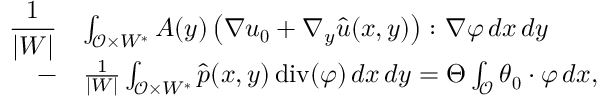
\begin{array} { r l } { \displaystyle \frac { 1 } { | W | } } & { \int _ { { \mathcal { O } } \times W ^ { * } } A ( y ) \left( \nabla \boldsymbol { u _ { 0 } } + \nabla _ { y } \widehat { \boldsymbol u } ( x , y ) \right) \colon \nabla \boldsymbol \varphi \, d x \, d y } \\ { - \displaystyle } & { \frac { 1 } { | W | } \int _ { { \mathcal { O } } \times W ^ { * } } \hat { p } ( x , y ) \operatorname { d i v } ( \boldsymbol \varphi ) \, d x \, d y = \Theta \int _ { { \mathcal { O } } } \boldsymbol { \boldsymbol { \theta } _ { 0 } } \cdot \boldsymbol \varphi \, d x , } \end{array}